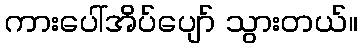
ကားပေါ်အိပ်ပျော် သွားတယ်။